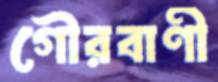
গৌরবাণী